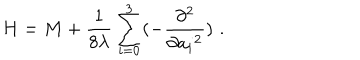
LaTeX: H = M + { \frac { 1 } { 8 \lambda } } \sum _ { i = 0 } ^ { 3 } ( - { \frac { \partial ^ { 2 } } { \partial { a _ { i } } ^ { 2 } } } ) \, \, .